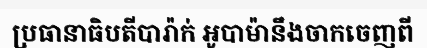
ប្រធានាធិបតីបារ៉ាក់ អូបាម៉ានឹងចាកចេញពី